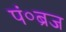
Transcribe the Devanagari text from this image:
पं०ब्रज